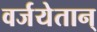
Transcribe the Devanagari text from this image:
वर्जयेतान्